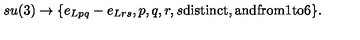
s u ( 3 ) \rightarrow \{ e _ { L p q } - e _ { L r s } , p , q , r , s \mathrm { d i s t i n c t , a n d f r o m } 1 \mathrm { t o } 6 \} .